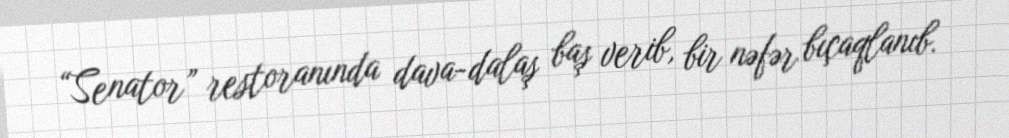
“Senator” restoranında dava-dalaş baş verib, bir nəfər bıçaqlanıb.